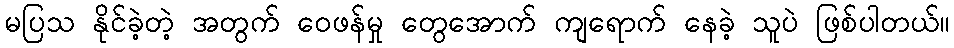
မပြသ နိုင်ခဲ့တဲ့ အတွက် ဝေဖန်မှု တွေအောက် ကျရောက် နေခဲ့ သူပဲ ဖြစ်ပါတယ်။